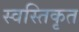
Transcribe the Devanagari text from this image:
स्वस्तिकृत